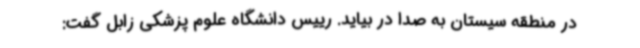
در منطقه سیستان به صدا در بیاید. رییس دانشگاه علوم پزشکی زابل گفت: